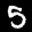
Label: 5